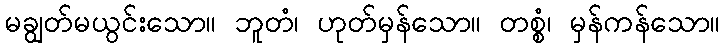
မချွတ်မယွင်းသော။ ဘူတံ၊ ဟုတ်မှန်သော။ တစ္စံ၊ မှန်ကန်သော။